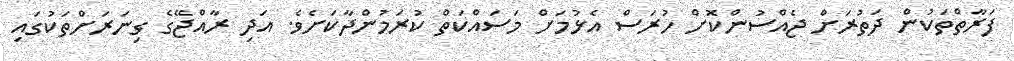
ފަރާތްތަކުން ދަތުރަށް ޖެއްސުންކޮށް ހުރަސް އެޅުމަށް މަސައްކަތް ކުރަމުންދާކަށެވެ. އަދި ރާއްޖޭގެ ގިނަރަށްތަކުގައި